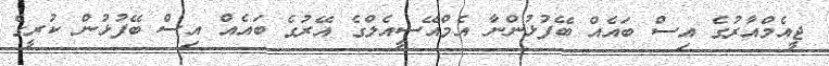
ޖީއެމްއާރުގެ އިސް ބައެއް ބޭފުޅުންނާ އެމްއޭސީއެލްގެ އޭރުގެ ބައެއް އިސް ބޭފުޅުން ކުރީގެ